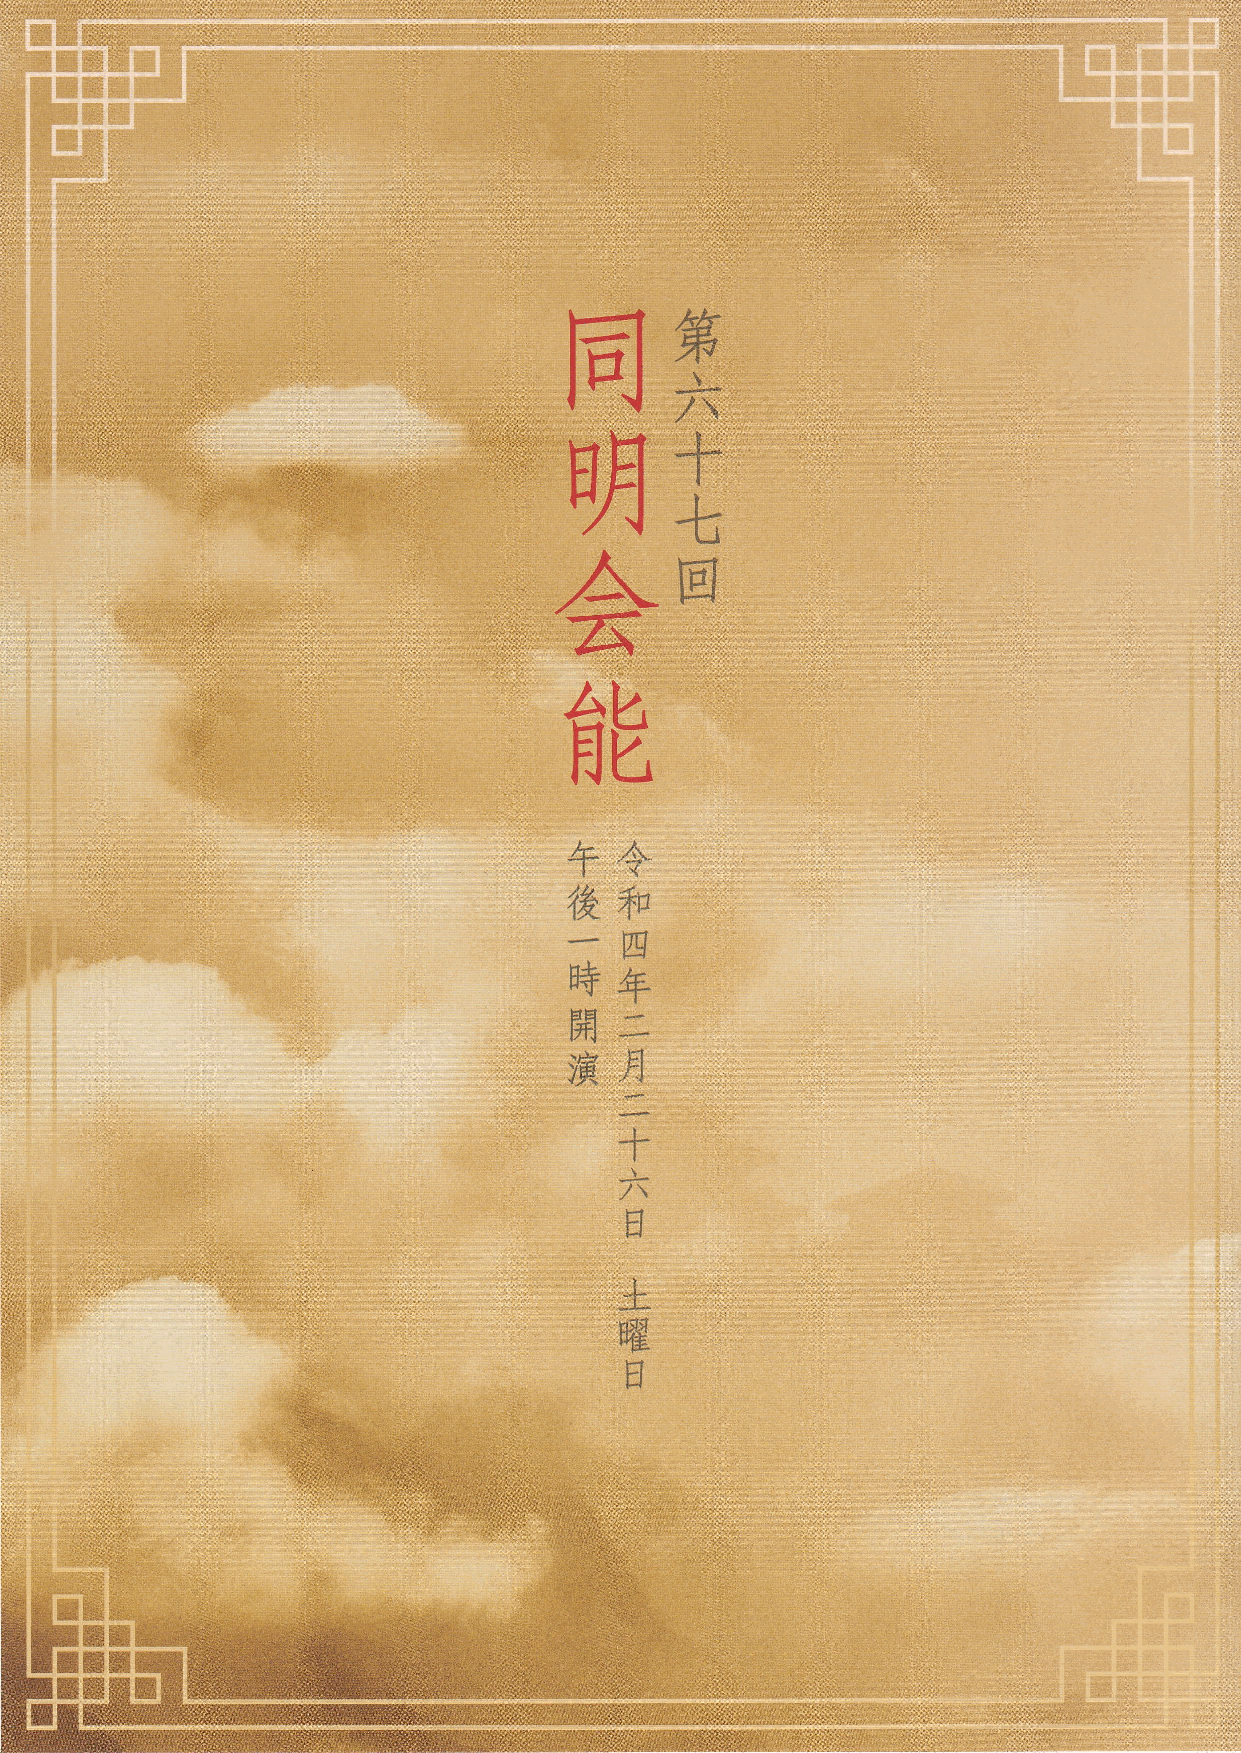
一一 一 一一一一一 一一 一 一 | ■● ■:| | 一一 一 一 一 ||11■111 |■ ||1 |1 |1 |■■ |■■r |■l |l |・■ ■ ‐ ■ ‐ ‐■ ‐ |■■ ■| =●:■■ ● ■■1経 111| 1| 1
 一    一一      |●
 一       ‐■●=:11|1・
 一な   華      1=■■
 一
 1難■     ||||
 一
 一一一
 一一
 策
 六
 董         ギ
 一
 1鑢                           一
 一
 ・一 一一一 一一 一一華 十
 一
 1鑽
 ■                                七
 |||     :
 回
 ■一
 ■
 一
 午   脊
 後  窄
 四
 一
 時
 年
 開   ■
 演  月
 」
 一
 十
 六
 口
 ‐
 '■1111                      ■
 曜
 日